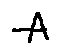
- A